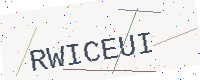
Text: RWICEUI